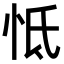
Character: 怟